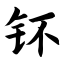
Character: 钚